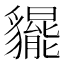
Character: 𧴞